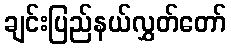
ချင်းပြည်နယ်လွှတ်တော်